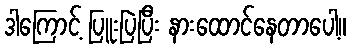
ဒါကြောင့် ပြူးပြဲပြီး နားထောင်နေတာပေါ့။